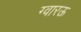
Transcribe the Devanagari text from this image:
ग्वारऊ